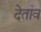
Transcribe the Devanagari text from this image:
देतांव